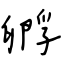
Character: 孵